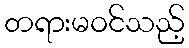
တရားမဝင်သည့်